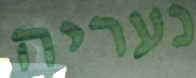
נעריה